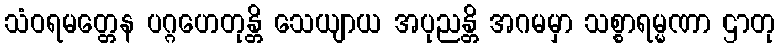
သံဝရမတ္တေန ပဂ္ဂဟေတုန္တိ သေယျာယ အပုညန္တိ အဂမမှာ သစ္စာရမ္မဏာ ဌာတု